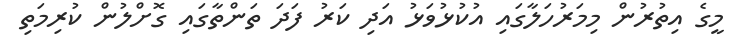
މީގެ އިތުރުން މިމަރުހަލާގައި އުކުޅުވަޅު އަދި ކަރު ފަދަ ތަންތާގައި ގޮށްލުން ކުރިމަތި